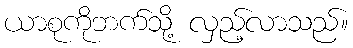
ယာစုကိုဘက်သို့ လှည့်လာသည်။